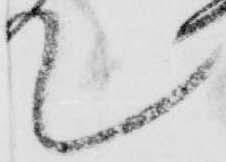
て